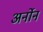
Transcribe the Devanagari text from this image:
अर्नोन